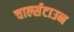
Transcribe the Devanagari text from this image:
चार्ल्सटाउन